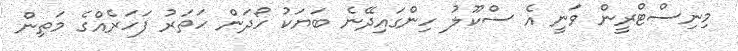
މިނިސްޓްރީން ވަނީ އެ ސްކޫލު ހިންގައިދޭނެ ބަޔަކު ހޯދަން ހަތަރު ފަހަރެއްގެ މަތިން